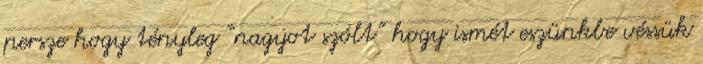
persze hogy tényleg “nagyot szólt” hogy ismét eszünkbe véssük